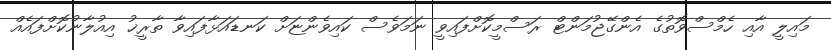
މައިލީ އާއި ހެމްސްވޮތުގެ އެންގޭޖުމަންޓް ރަސްމީކޮށްފައިވީ ނަމަވެސް ކައިވެންޏަށް ކަނޑައަޅާފައިވާ ތާރީޚު އިއުލާނުކޮށްފައެއް